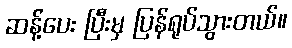
ဆန့်ပေး ပြီးမှ ပြန်ရုပ်သွားတယ်။